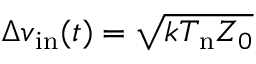
\Delta v _ { \mathrm { i n } } ( t ) = \sqrt { k T _ { \mathrm { n } } Z _ { 0 } }